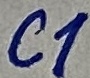
Text: C1